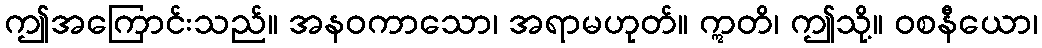
ဤအကြောင်းသည်။ အနဝကာသော၊ အရာမဟုတ်။ ဣတိ၊ ဤသို့။ ဝစနီယော၊